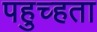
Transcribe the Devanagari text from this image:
पहुच्हता